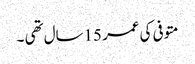
متوفی کی عمر 15سال تھی ۔